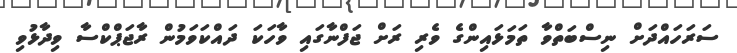
ސަރަހައްދަށް ނިސްބަތްވާ ތަމަޅައިންގެ ވެރި ރަށް ޖަފްނާގައި ވާހަކަ ދައްކަވަމުން ރާޖަޕްކްސާ ވިދާޅުވި